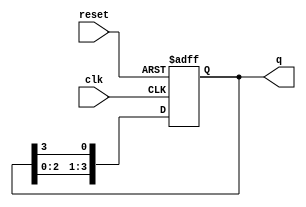
module ring_counter #(parameter N = 4) (
    input wire clk,          // Clock input
    input wire reset,        // Asynchronous reset input
    output reg [N-1:0] q     // Output of the ring counter
);

    // Internal signal to hold the next state
    reg [N-1:0] next_q;

    always @(posedge clk or posedge reset) begin
        if (reset) begin
            // Initialize the counter with the first flip-flop set to '1'
            q <= 1'b1 << (N-1); // Set the last flip-flop to '1' (e.g., for N=4: 1000)
        end else begin
            // Shift the '1' to the next flip-flop in a circular manner
            q <= {q[N-2:0], q[N-1]}; // Shift left and wrap around
        end
    end

endmodule